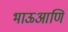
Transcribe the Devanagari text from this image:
भाऊआणि